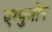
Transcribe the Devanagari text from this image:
एग्युमोन